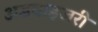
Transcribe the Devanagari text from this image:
अडवाइजरी